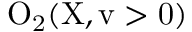
\mathrm { O _ { 2 } ( X , v > 0 ) }